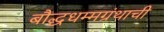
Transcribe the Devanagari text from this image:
बौद्धधम्मग्रंथाची